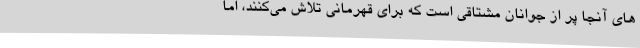
های آنجا پر از جوانان مشتاقی است که برای قهرمانی تلاش می‌کنند، اما